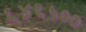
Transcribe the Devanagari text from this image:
६४६५००